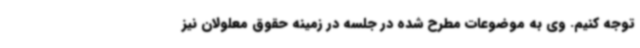
توجه کنیم. وی به موضوعات مطرح شده در جلسه در زمینه حقوق معلولان نیز